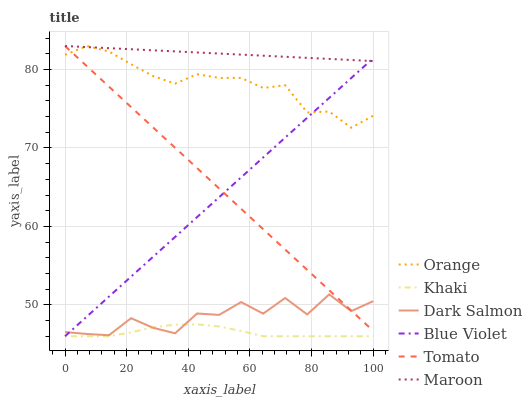
| xaxis_label | Orange | Khaki | Dark Salmon | Blue Violet | Tomato | Maroon |
 | --- | --- | --- | --- | --- | --- | --- |
 | 0 | 81.9 | 46 | 46.5 | 46 | 83 | 83 |
 | 7.14 | 83 | 46 | 46.3 | 48.5 | 80.4 | 82.9 |
 | 14.3 | 82.3 | 46 | 46.1 | 51.1 | 77.8 | 82.7 |
 | 21.4 | 80.7 | 46.5 | 48.3 | 53.6 | 75.2 | 82.6 |
 | 28.6 | 79.2 | 47.1 | 47.1 | 56.1 | 72.6 | 82.5 |
 | 35.7 | 78.2 | 47.5 | 46.4 | 58.7 | 70 | 82.3 |
 | 42.9 | 79.4 | 47.5 | 48.9 | 61.2 | 67.4 | 82.2 |
 | 50 | 78.9 | 47.2 | 48.7 | 63.7 | 64.8 | 82 |
 | 57.1 | 78.9 | 46.7 | 50.4 | 66.3 | 62.2 | 81.9 |
 | 64.3 | 77.6 | 46 | 48.9 | 68.8 | 59.6 | 81.8 |
 | 71.4 | 78 | 46 | 50.9 | 71.3 | 57.1 | 81.6 |
 | 78.6 | 74.5 | 46 | 48.8 | 73.9 | 54.5 | 81.5 |
 | 85.7 | 74.6 | 46 | 51.3 | 76.4 | 51.9 | 81.4 |
 | 92.9 | 72.6 | 46 | 49.2 | 78.9 | 49.3 | 81.2 |
 | 100 | 74.1 | 46 | 50.5 | 81.4 | 46.7 | 81.1 |